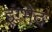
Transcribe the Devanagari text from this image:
इंग्भेद